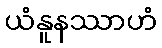
ယံနူနဿာဟံ